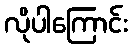
လိုပါကြောင်း